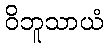
ဝိဘူသာယံ